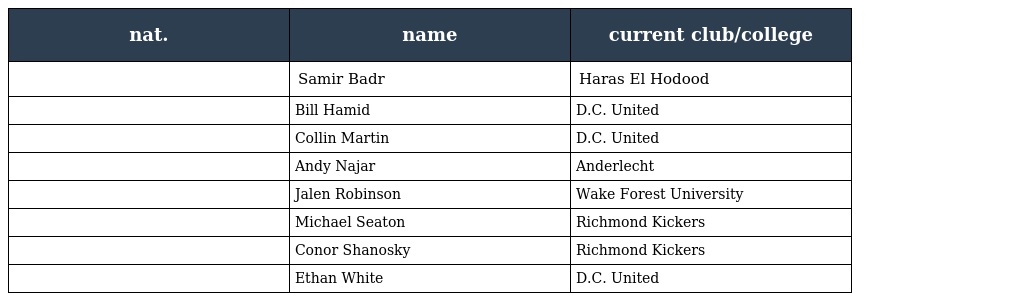
| nat. | name | current club/college |
 | --- | --- | --- |
 |  | Samir Badr | Haras El Hodood |
 |  | Bill Hamid | D.C. United |
 |  | Collin Martin | D.C. United |
 |  | Andy Najar | Anderlecht |
 |  | Jalen Robinson | Wake Forest University |
 |  | Michael Seaton | Richmond Kickers |
 |  | Conor Shanosky | Richmond Kickers |
 |  | Ethan White | D.C. United |